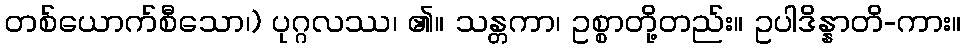
တစ်ယောက်စီသော၊) ပုဂ္ဂလဿ၊ ၏။ သန္တကာ၊ ဥစ္စာတို့တည်း။ ဥပါဒိန္နာတိ-ကား။